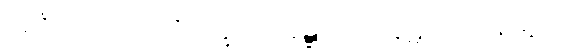
အင်္ဂဟာရော’င်္ဂဝိက္ခေပေါ၊ နဋ္ဋကော နဋကော နဋော။